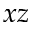
x z